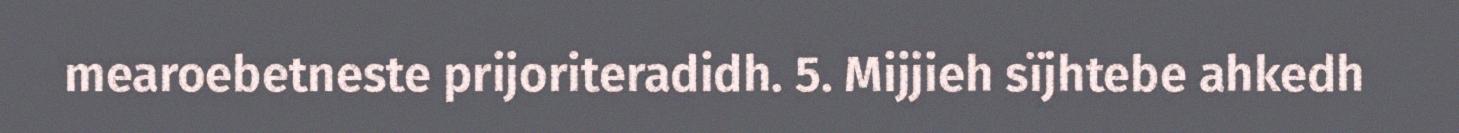
mearoebetneste prijoriteradidh. 5. Mijjieh sïjhtebe ahkedh